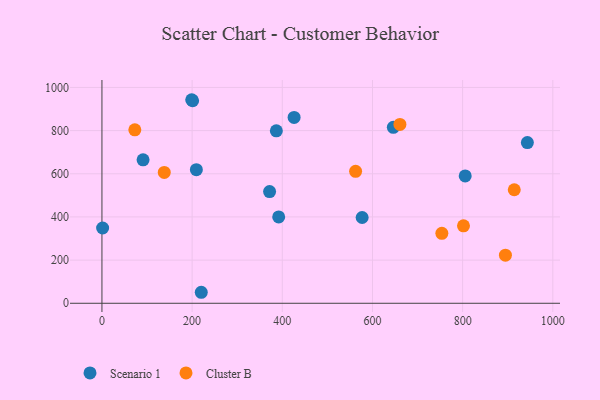
{"axis": {"x": "Investment", "y": "Exam Score"}, "legend": ["Cluster B", "Scenario 1"], "data": [{"x": "220.3", "y": 51.0, "type": "Scenario 1"}, {"x": "426.2", "y": 861.1, "type": "Scenario 1"}, {"x": "577.1", "y": 397.4, "type": "Scenario 1"}, {"x": "392.0", "y": 400.2, "type": "Scenario 1"}, {"x": "91.2", "y": 664.6, "type": "Scenario 1"}, {"x": "371.8", "y": 517.7, "type": "Scenario 1"}, {"x": "199.1", "y": 943.1, "type": "Scenario 1"}, {"x": "201.1", "y": 938.3, "type": "Scenario 1"}, {"x": "943.6", "y": 744.7, "type": "Scenario 1"}, {"x": "1.5", "y": 348.8, "type": "Scenario 1"}, {"x": "209.4", "y": 619.0, "type": "Scenario 1"}, {"x": "805.7", "y": 590.2, "type": "Scenario 1"}, {"x": "386.8", "y": 798.9, "type": "Scenario 1"}, {"x": "646.3", "y": 815.0, "type": "Scenario 1"}, {"x": "753.9", "y": 324.3, "type": "Cluster B"}, {"x": "914.5", "y": 525.9, "type": "Cluster B"}, {"x": "562.6", "y": 611.5, "type": "Cluster B"}, {"x": "894.9", "y": 222.7, "type": "Cluster B"}, {"x": "72.9", "y": 803.7, "type": "Cluster B"}, {"x": "801.9", "y": 358.7, "type": "Cluster B"}, {"x": "138.2", "y": 606.5, "type": "Cluster B"}, {"x": "660.9", "y": 828.7, "type": "Cluster B"}]}